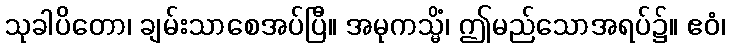
သုခါပိတော၊ ချမ်းသာစေအပ်ပြီ။ အမုကသ္မိံ၊ ဤမည်သောအရပ်၌။ ဧဝံ၊